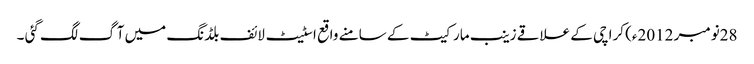
28نومبر 2012ء) کراچی کے علاقے زینب مارکیٹ کے سامنے واقع اسٹیٹ لائف بلڈنگ میں آگ لگ گئی ۔